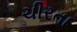
ચીરતા